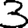
Digit: 3